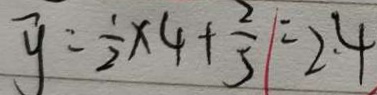
y = \frac { 1 } { 2 } \times 4 + \frac { 2 } { 5 } = 2 . 4